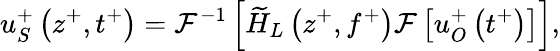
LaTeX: u_{S}^{+}\left(z^{+},t^{+}\right)=\mathcal{F}^{-1}\left[\widetilde{H}_{L}\left(z^{+},f^{+}\right)\mathcal{F}\left[u_{O}^{+}\left(t^{+}\right)\right]\right],